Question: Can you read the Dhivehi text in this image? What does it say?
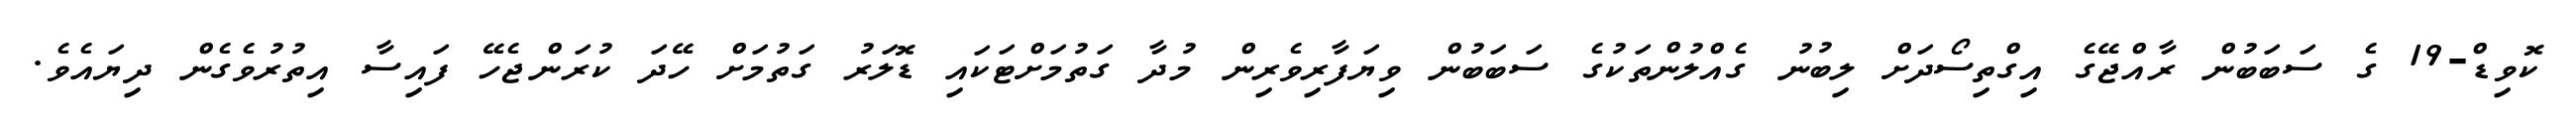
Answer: ކޮވިޑް-19 ގެ ސަބަބުން ރާއްޖޭގެ އިގްތިސޯދަށް ލިބުނު ގެއްލުންތަކުގެ ސަބަބުން ވިޔަފާރިވެރިން މުދާ ގަތުމަށްޓަކައި ޑޮލަރު ގަތުމަށް ހޭދަ ކުރަންޖެހޭ ފައިސާ އިތުރުވެގެން ދިޔައެވެ.